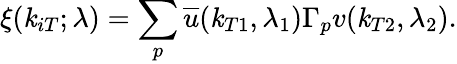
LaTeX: \xi(\mathit{k}_{iT};\lambda)=\sum_{p}{\overline{{{u}}}}(\mathit{k}_{T1},\lambda_{1})\Gamma_{p}v(\mathit{k}_{T2},\lambda_{2}).